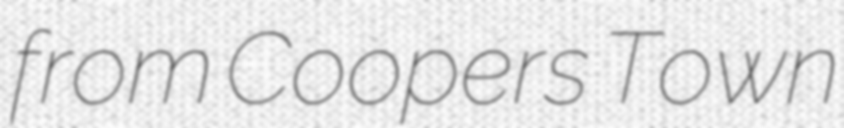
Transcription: from Coopers Town